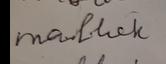
Signature authenticity: forged